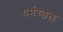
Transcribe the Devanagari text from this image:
धर्मच्छल